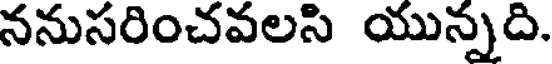
ననుసరించవలసి యున్నది.